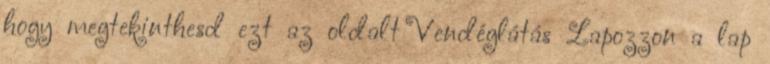
hogy megtekinthesd ezt az oldalt Vendéglátás Lapozzon a lap